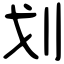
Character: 划